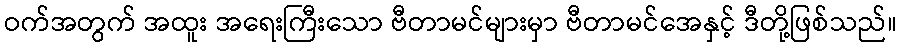
ဝက်အတွက် အထူး အရေးကြီးသော ဗီတာမင်များမှာ ဗီတာမင်အေနှင့် ဒီတို့ဖြစ်သည်။